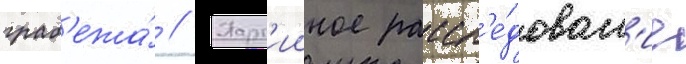
граб'ежа́ // Парт'ииное рассл'е́дован'ие